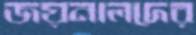
জয়নালদের